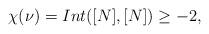
LaTeX: \begin{align*}\chi(\nu)=Int([N], [N])\geq-2,\end{align*}